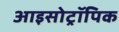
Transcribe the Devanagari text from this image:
आइसोट्रॉपिक